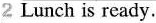
2 Lunch is ready.